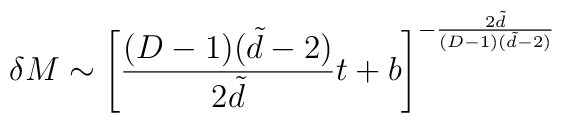
\delta M \sim \left[\frac{(D-1)(\tilde d-2)}{2\tilde d} t +b \right]^{-\frac{2\tilde d}{(D-1)(\tilde d-2)}}